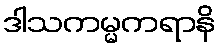
ဒါသကမ္မကရာနိ